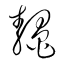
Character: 鼇